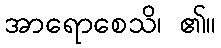
အာရောစေသိ၊ ၏။